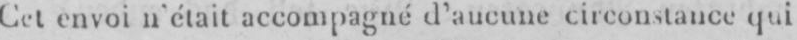
Cet envoi n’était accompagné d’aucune circonstance qui